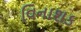
વિનાશક